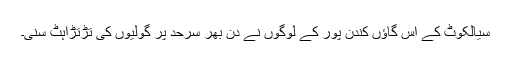
سیالکوٹ کے اس گاؤں کُندن پور کے لوگوں نے دن بھر سرحد پر گولیوں کی تڑتڑاہٹ سنی۔